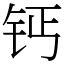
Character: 钙